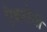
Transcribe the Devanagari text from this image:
टैकरोधी